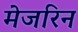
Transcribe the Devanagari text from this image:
मेजरिन